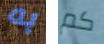
به كم